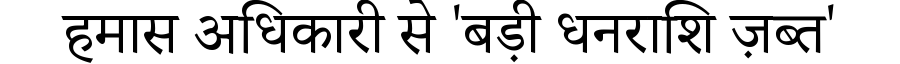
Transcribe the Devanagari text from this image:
हमास अधिकारी से 'बड़ी धनराशि ज़ब्त'